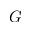
\boldsymbol { G }